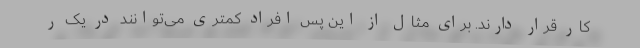
کار قرار دارند. برای مثال از این پس افراد کمتری می‌توانند در یک ر